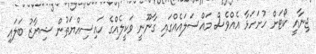
ޖިނާއީ ކޯޓަށް ހުށަހަޅާ އެއްވެސް މައްސަލައެއްގައި ގާނޫނީ ވަކީލެއްގެ ހައިސިއްޔަތުން ޝިޔާޒު ބަލައި